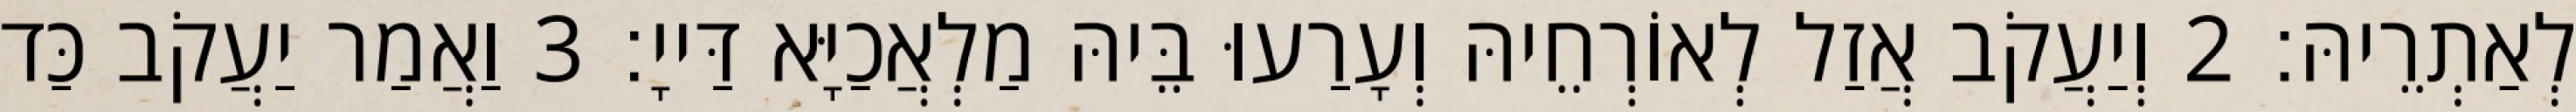
לְאַתְרֵיהּ׃ 2 וְיַעֲקֹב אֲזַל לְאוֹרְחֵיהּ וְעָרַעוּ בֵּיהּ מַלְאֲכַיָּא דַּייָ׃ 3 וַאֲמַר יַעֲקֹב כַּד